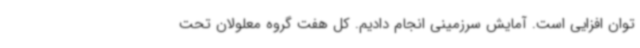
توان افزایی است. آمایش سرزمینی انجام دادیم. کل هفت گروه معلولان تحت